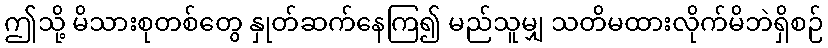
ဤသို့ မိသားစုတစ်တွေ နှုတ်ဆက်နေကြ၍ မည်သူမျှ သတိမထားလိုက်မိဘဲရှိစဉ်